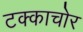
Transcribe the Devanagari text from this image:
टक्काचोर